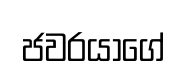
ජවරයාගේ